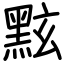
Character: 𪐷